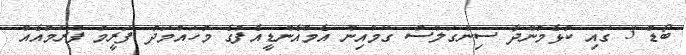
ބޯޑް 3 ގައި ކުޅެމުންދާ ސިންގަލްސް ގޭމްއިން އެމްއެންޑީއެފްގެ މުހައްމަދު ފަރީމް ފްރޭމްއެއް